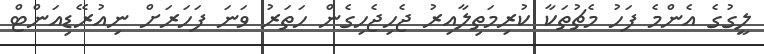
ލީގުގެ އެންމެ ފަހު މެޗުތަކާ ކުރިމަތިލާއިރު ޖެހިޖެހިގެން ހަތަރު ވަނަ ފަހަރަށް ނިއުރޭޑިއަންޓް